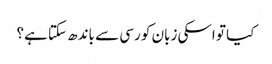
کیا تو اسکی زبان کو رسی سے باندھ سکتا ہے؟